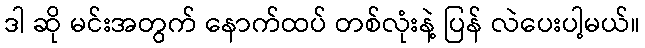
ဒါ ဆို မင်းအတွက် နောက်ထပ် တစ်လုံးနဲ့ ပြန် လဲပေးပါ့မယ်။